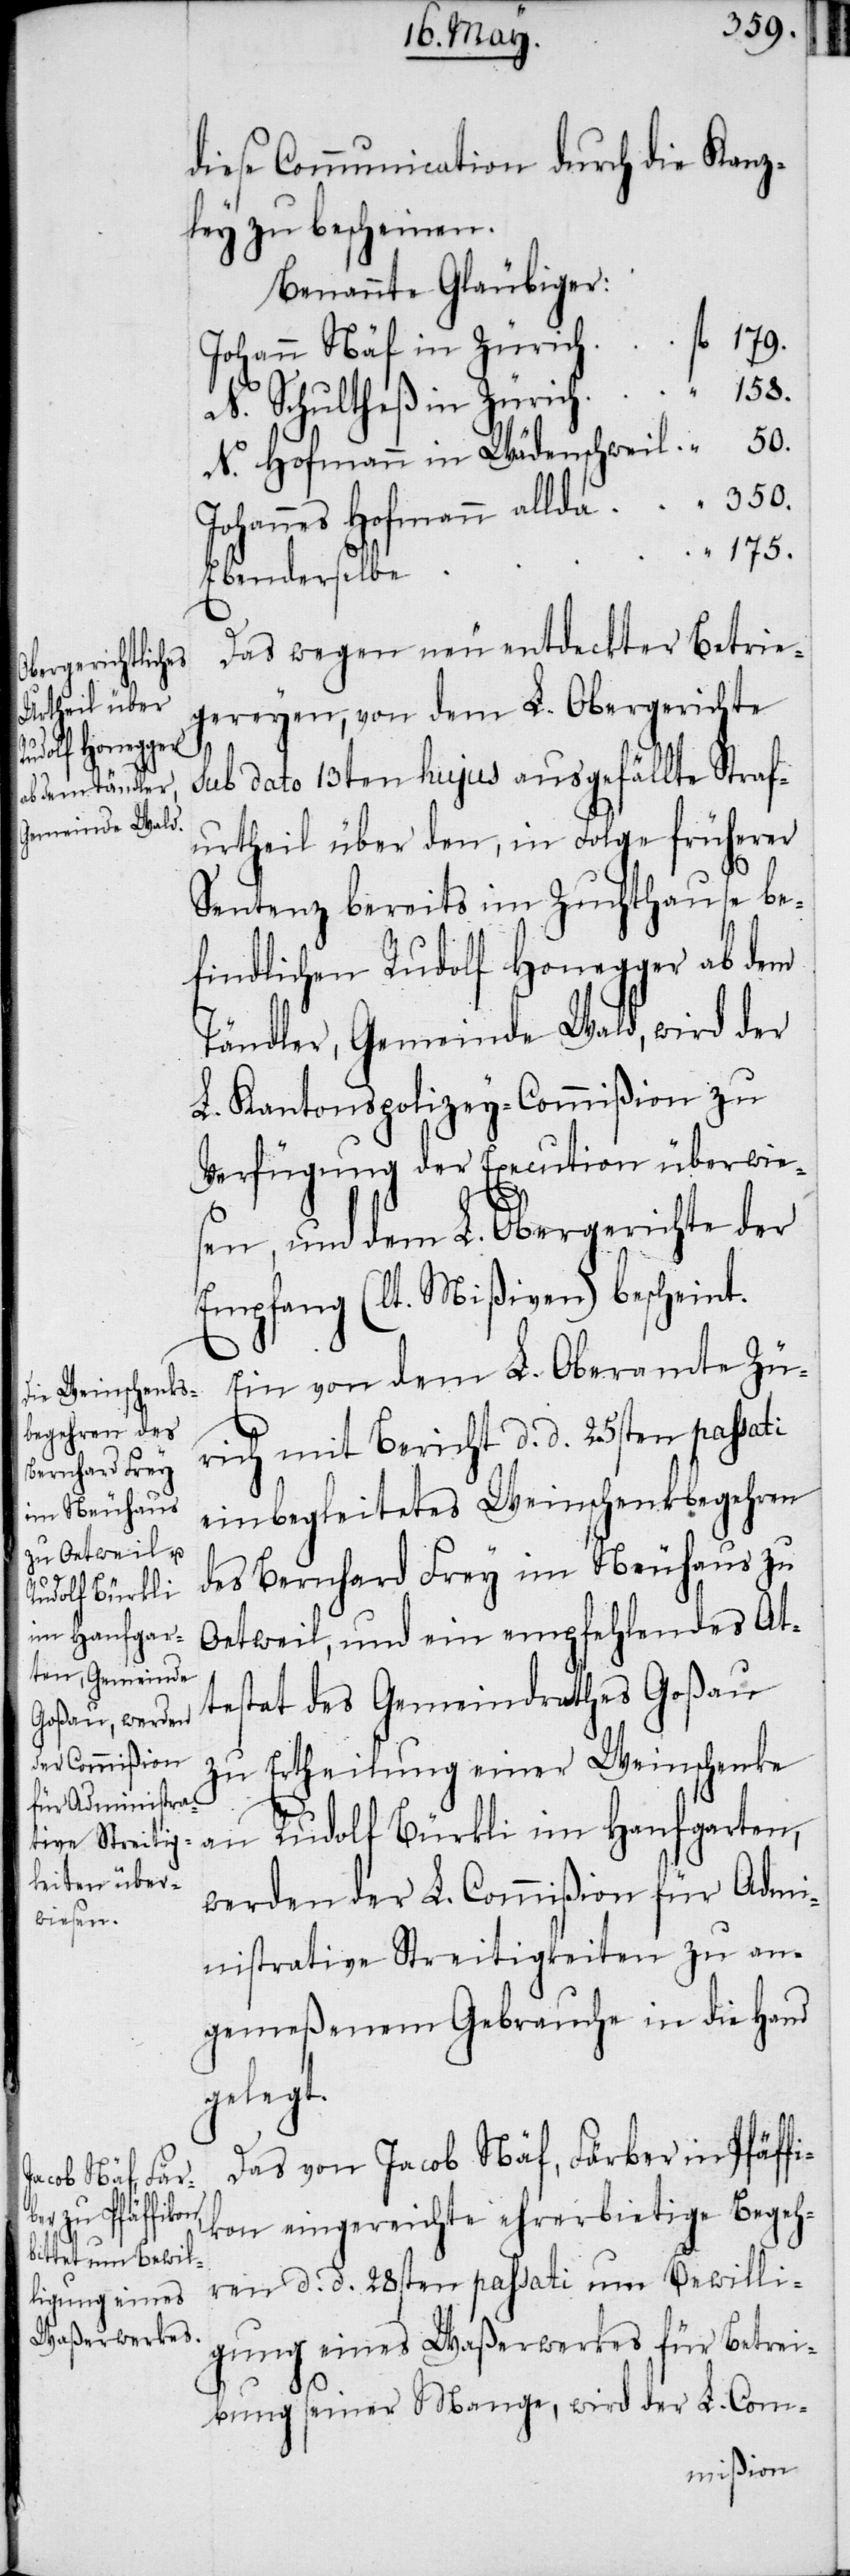
diese Communication durch die Kanz¬
ley zu bescheinen.
Benannte Gläubiger:
Johann Näf in Zürich
N. Schultheß in Zürich
N. Hofmann in Wädenschweil.
Johannes Hofmann allda
175.
Ebenderselbe
Das wegen neu entdeckter Betrie¬
gereyen, von dem L. Obergerichte
sub dato 13ten hujus ausgefällte Straf¬
urtheil über den, in Folge früherer
Sentenz bereits im Zuchthause be¬
findlichen Rudolf Honegger ab dem
Tändler, Gemeinde Wald, wird der
L. Kantonspolizey-Commißion zu
Verfügung der Execution überwie¬
sen, und dem L. Obergerichte der
Empfang (lt. Mißiven) bescheint.
Ein von dem L. Oberamte Zü¬
rich mit Bericht d. d. 25sten passati
einbegleitetes Weinschenkbegehren
des Bernhard Frey im Neuhaus zu
Oetweil, und ein empfehlendes At¬
testat des Gemeindrathes Goßau
zu Ertheilung einer Weinschenke
an Rudolf Bürkli im Hanfgarten,
werden der L. Commißion für Admi¬
nistrative Streitigkeiten zu an¬
gemeßenem Gebrauche in die Hand
gelegt.
Das von Jacob Näf, Färber in Pfäffi¬
kon eingereicht ehrerbietige Begeh¬
ren d. d. 28sten passati um Bewilli¬
gung eines Waßerwerkes für Betrei¬
bung seiner Mange, wird der L. Com-